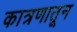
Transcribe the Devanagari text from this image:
कात्रणातून